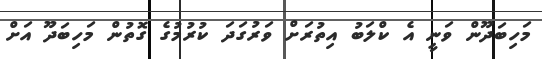
މަހިބަދޫން ވަނީ އެ ކްލަބު އިތުރަށް ވަރުގަދަ ކުރުމުގެ ގޮތުން މަހިބަދޫ އަށް